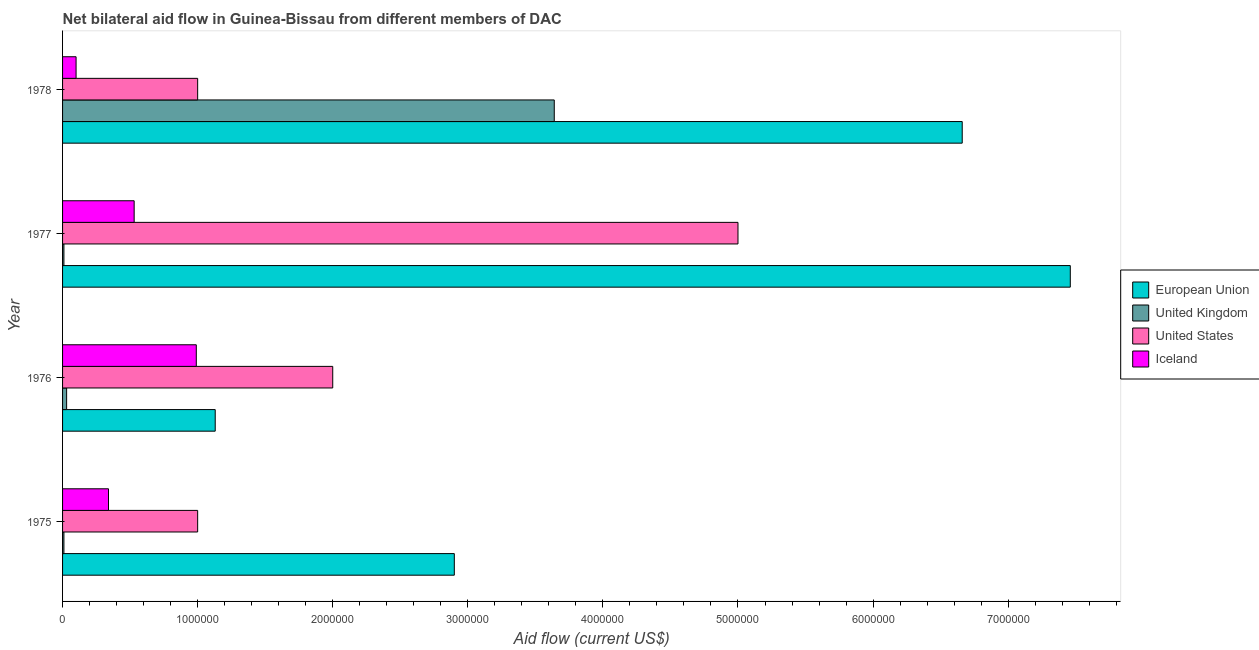
| Year | European Union | United Kingdom | United States | Iceland |
 | --- | --- | --- | --- | --- |
 | 1975 | 2.9e+06 | 1e+04 | 1e+06 | 3.4e+05 |
 | 1976 | 1.13e+06 | 3e+04 | 2e+06 | 9.9e+05 |
 | 1977 | 7.46e+06 | 1e+04 | 5e+06 | 5.3e+05 |
 | 1978 | 6.66e+06 | 3.64e+06 | 1e+06 | 1e+05 |